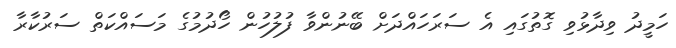
ހަމީދު ވިދާޅުވި ގޮތުގައި އެ ސަރަހައްދަށް ބޭނުންވާ ފުލުހުން ހޯދުމުގެ މަސައްކަތް ސަރުކާރާ